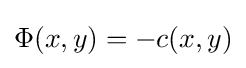
\Phi (x,y)=-c(x,y)